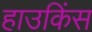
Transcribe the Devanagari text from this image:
हाउकिंस